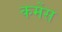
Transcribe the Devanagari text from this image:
कर्मेस